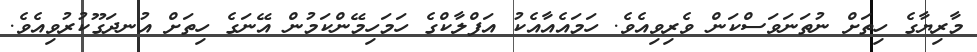
މާރިޔާގެ ހިތަށް ނުތަނަވަސްކަން ވެރިވިއެވެ. ހަމައެއާއެކު އަފްލާކްގެ ހަމަހިމޭންކަމުން އޭނަގެ ހިތަށް އުނދަގޫކުރުވިއެވެ.